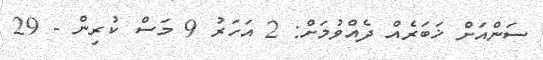
ސަންއަށް ޚަބަރެއް ދެއްވުމަށް: 2 އަހަރު 9 މަސް ކުރިން - 29